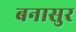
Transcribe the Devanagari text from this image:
बनासुर